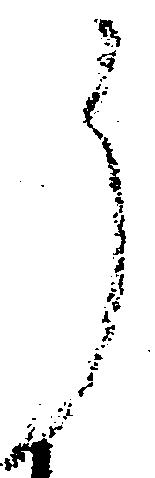
了